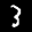
Label: 3